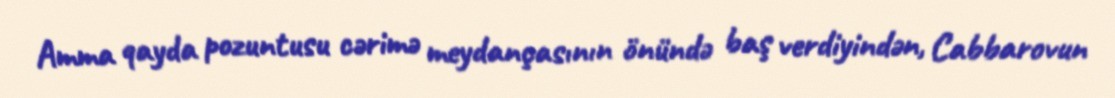
Amma qayda pozuntusu cərimə meydançasının önündə baş verdiyindən, Cabbarovun